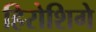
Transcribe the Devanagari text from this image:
हिरोशिगे